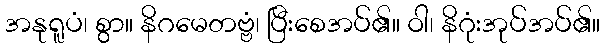
အနုရူပံ၊ စွာ။ နိဂမေတဗ္ဗံ၊ ပြီးစေအပ်၏။ ဝါ၊ နိဂုံးအုပ်အပ်၏။